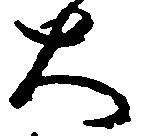
大